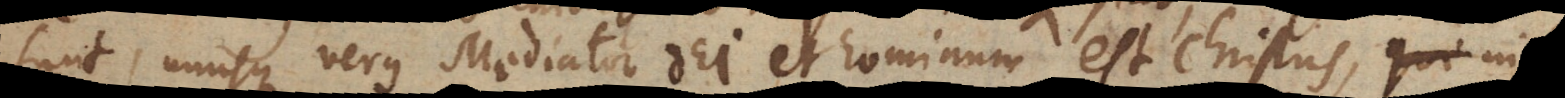
sunt, unusque verus Mediator Dei et hominum est Christus, in